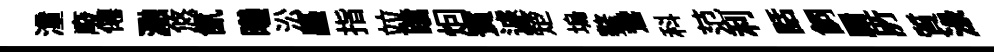
潼廢僊瀜悠氤曦㳂矗指竝蹌𤇆賓遽楚塢鳌鴦科范利話飼罽𠩄質渌